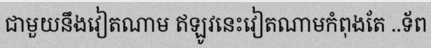
ជាមួយនឹងវៀតណាម ឥឡូវនេះវៀតណាមកំពុងតែ ..ទ័ព